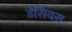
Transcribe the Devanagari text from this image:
डेसियस